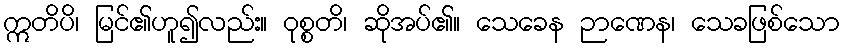
ဣတိပိ၊ မြင်၏ဟူ၍လည်း။ ဝုစ္စတိ၊ ဆိုအပ်၏။ သေခေန ဉာဏေန၊ သေခဖြစ်သော